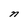
Character: n